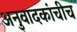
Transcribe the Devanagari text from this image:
अनुवादकांचीच